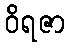
ဝိရဇာ